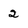
Character: 2